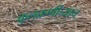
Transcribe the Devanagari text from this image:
कुलकर्णींच्याच